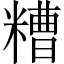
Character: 糟